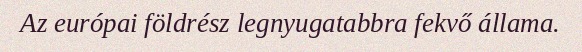
Az európai földrész legnyugatabbra fekvő állama.